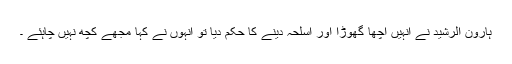
ہارون الرشید نے انہیں اچھا گھوڑا اور اسلحہ دینے کا حکم دیا تو انہوں نے کہا مجھے کچھ نہیں چاہئے ۔